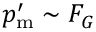
p _ { \mathrm { m } } ^ { \prime } \sim { \cal F } _ { G }